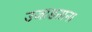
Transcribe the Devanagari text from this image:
उजाडताना